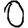
Digit: 0